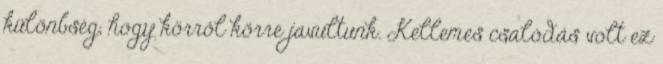
különbség, hogy körről körre javultunk. Kellemes csalódás volt ez